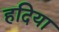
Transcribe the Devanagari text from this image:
हदिया